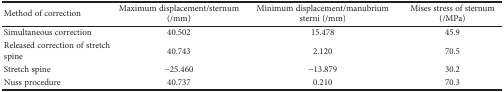
<table><thead><tr><td><b>Method of correction</b></td><td><b>Maximum displacement/sternum (/mm)</b></td><td><b>Minimum displacement/manubrium sterni (/mm)</b></td><td><b>Mises stress of sternum (/MPa)</b></td></tr></thead><tbody><tr><td>Simultaneous correction</td><td>40.502</td><td>15.478</td><td>45.9</td></tr><tr><td>Released correction of stretch spine</td><td>40.743</td><td>2.120</td><td>70.5</td></tr><tr><td>Stretch spine</td><td>−25.460</td><td>−13.879</td><td>30.2</td></tr><tr><td>Nuss procedure</td><td>40.737</td><td>0.210</td><td>70.3</td></tr></tbody></table>